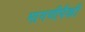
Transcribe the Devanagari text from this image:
मागणीपैकी